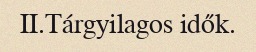
II.Tárgyilagos idők.